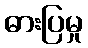
ဓားပြမှု